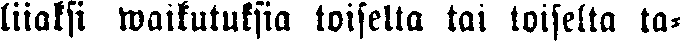
liiaksi waikutuksia toiselta tai toiselta ta-